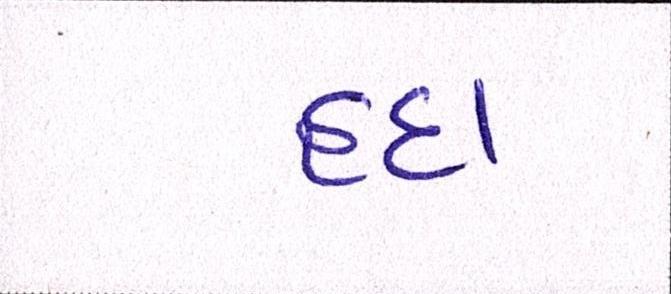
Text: હૃદા